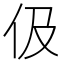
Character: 伋